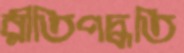
রীতিপদ্ধতি